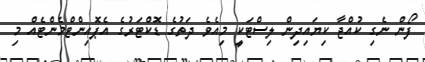
ފޯން ނެގި ކުއްޖާ ކިޔައިދިން ލިސްޓަކީ މިއެވެ ދަތުގެ ޑޮކްޓަރުގެ އެޕޮއިންޓްމެންޓެއް މި